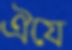
ঐযে